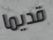
قديما